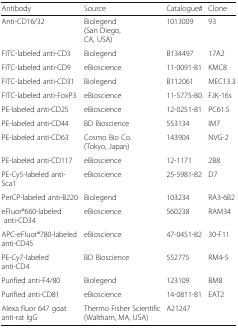
<table><thead><tr><td><b>Antibody</b></td><td><b>Source</b></td><td><b>Catalogue#</b></td><td><b>Clone</b></td></tr></thead><tbody><tr><td>Anti-CD16/32</td><td>Biolegend (San Diego, CA, USA)</td><td>1013009</td><td>93</td></tr><tr><td>FITC-labeled anti-CD3</td><td>Biolegend</td><td>B134497</td><td>17A2</td></tr><tr><td>FITC-labeled anti-CD9</td><td>eBioscience</td><td>11-0091-81</td><td>KMC8</td></tr><tr><td>FITC-labeled anti-CD31</td><td>Biolegend</td><td>B112061</td><td>MEC13.3</td></tr><tr><td>FITC-labeled anti-FoxP3</td><td>eBioscience</td><td>11-5775-80</td><td>FJK-16s</td></tr><tr><td>PE-labeled anti-CD25</td><td>eBioscience</td><td>12-0251-81</td><td>PC61.5</td></tr><tr><td>PE-labeled anti-CD44</td><td>BD Bioscience</td><td>553134</td><td>IM7</td></tr><tr><td>PE-labeled anti-CD63</td><td>Cosmo Bio Co. (Tokyo, Japan)</td><td>143904</td><td>NVG-2</td></tr><tr><td>PE-labeled anti-CD117</td><td>eBioscience</td><td>12-1171</td><td>2B8</td></tr><tr><td>PE-Cy5-labeled anti-Sca1</td><td>eBioscience</td><td>25-5981-82</td><td>D7</td></tr><tr><td>PerCP-labeled anti-B220</td><td>Biolegend</td><td>103234</td><td>RA3-6B2</td></tr><tr><td>eFluor®660-labeled anti-CD34</td><td>eBioscience</td><td>560238</td><td>RAM34</td></tr><tr><td>APC-eFluor®780-labeled anti-CD45</td><td>eBioscience</td><td>47-0451-82</td><td>30-F11</td></tr><tr><td>PE-Cy7-labeled anti-CD4</td><td>BD Bioscience</td><td>552775</td><td>RM4-5</td></tr><tr><td>Purified anti-F4/80</td><td>Biolegend</td><td>123109</td><td>BM8</td></tr><tr><td>Purified anti-CD81</td><td>eBioscience</td><td>14-0811-81</td><td>EAT2</td></tr><tr><td>Alexa fluor 647 goat anti-rat IgG</td><td>Thermo Fisher Scientific (Waltham, MA, USA)</td><td>A21247</td><td></td></tr></tbody></table>